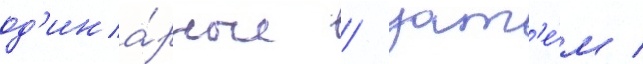
од'ина́рные / зат'е́м /